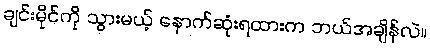
ချင်းမိုင်ကို သွားမယ့် နောက်ဆုံးရထားက ဘယ်အချိန်လဲ။